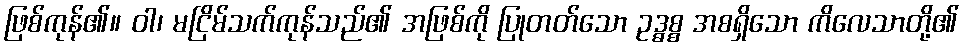
ဖြစ်ကုန်၏။ ဝါ၊ မငြိမ်သက်ကုန်သည်၏ အဖြစ်ကို ပြုတတ်သော ဥဒ္ဓစ္စ အစရှိသော ကိလေသာတို့၏